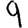
Digit: 9